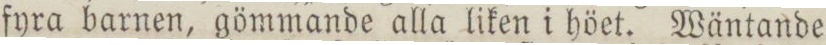
fyra barnen, gömmande alla liken i höet. Wäntande